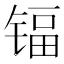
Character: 𮸕